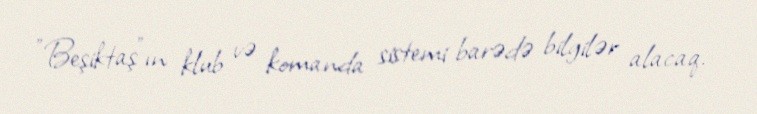
"Beşiktaş"ın klub və komanda sistemi barədə bilgilər alacaq.